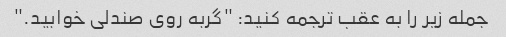
جمله زیر را به عقب ترجمه کنید: "گربه روی صندلی خوابید."